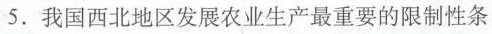
5. 我国西北地区发展农业生产最重要的限制性条